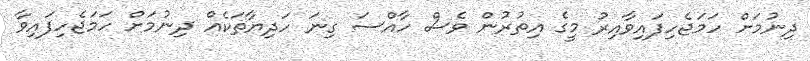
ދިނުމަށް ހަމަޖެހިފައިވާއިރު މީގެ އިތުރުން ވެސް ހާއްސަ ގިނަ ހަދިޔާތަކެއް ދިނުމަށް ހަމަޖެހިފައިވާ